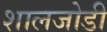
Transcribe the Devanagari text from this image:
शालजोडी